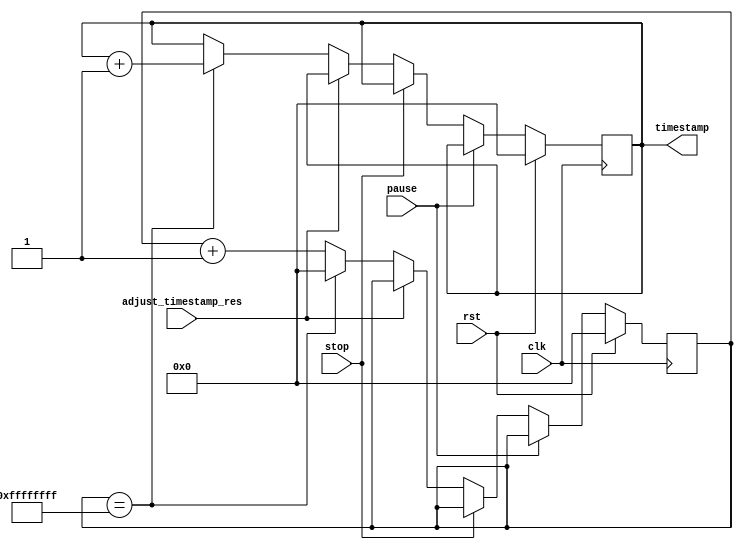
module timer_block (
  input wire clk,
  input wire rst,
  input wire pause,
  input wire stop,
  input wire adjust_timestamp_res,
  output reg [31:0] timestamp
);

reg [31:0] counter;

always @(posedge clk) begin
  if (rst) begin
    timestamp <= 32'b0;
    counter <= 32'b0;
  end else if (pause) begin
    // do nothing, pause timestamp
  end else if (stop) begin
    // stop timestamp
  end else if (adjust_timestamp_res) begin
    // adjust timestamp resolution
  end else begin
    counter <= counter + 32'b1;
    if (counter == {32{1'b1}}) begin
      timestamp <= timestamp + 32'b1;
      counter <= 32'b0;
    end
  end
end

endmodule